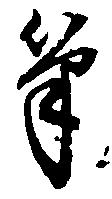
筆